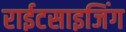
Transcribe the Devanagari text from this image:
राईटसाइजिंग